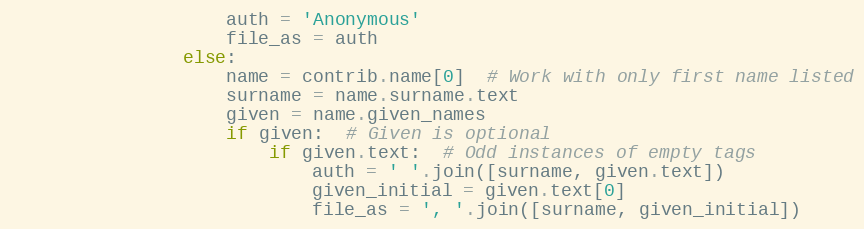
Language: Python
                    auth = 'Anonymous'
                    file_as = auth
                else:
                    name = contrib.name[0]  # Work with only first name listed
                    surname = name.surname.text
                    given = name.given_names
                    if given:  # Given is optional
                        if given.text:  # Odd instances of empty tags
                            auth = ' '.join([surname, given.text])
                            given_initial = given.text[0]
                            file_as = ', '.join([surname, given_initial])